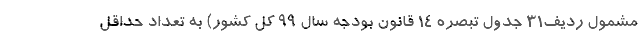
مشمول ردیف31 جدول تبصره 14 قانون بودجه سال 99 کل کشور) به تعداد حداقل